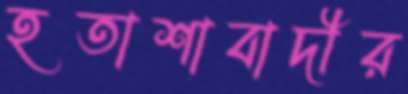
হতাশাবাদীর